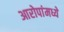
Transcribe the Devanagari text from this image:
आरोपांमध्ये